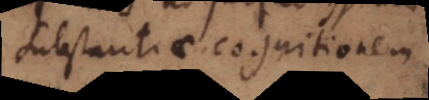
substantiae cognitionem